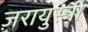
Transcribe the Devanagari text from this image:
ज़रायुस्त्री